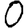
Digit: 0